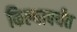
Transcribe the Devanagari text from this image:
किल्यापर्यंत